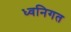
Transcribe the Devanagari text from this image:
ध्वनिगत